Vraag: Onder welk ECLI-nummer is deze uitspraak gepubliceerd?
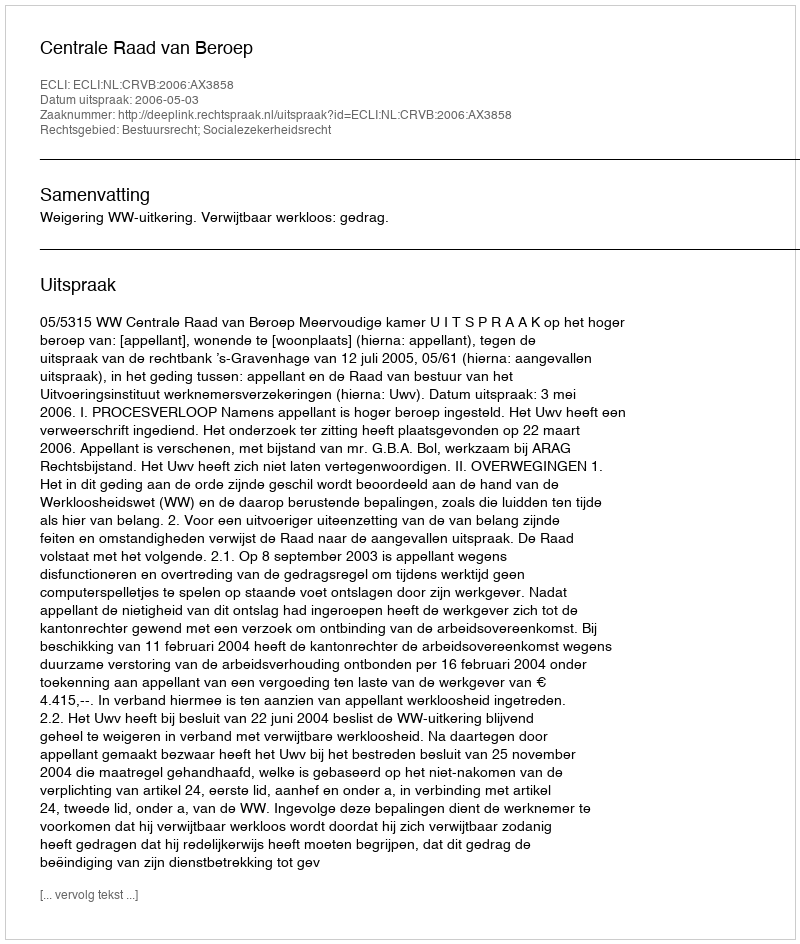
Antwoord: ECLI:NL:CRVB:2006:AX3858